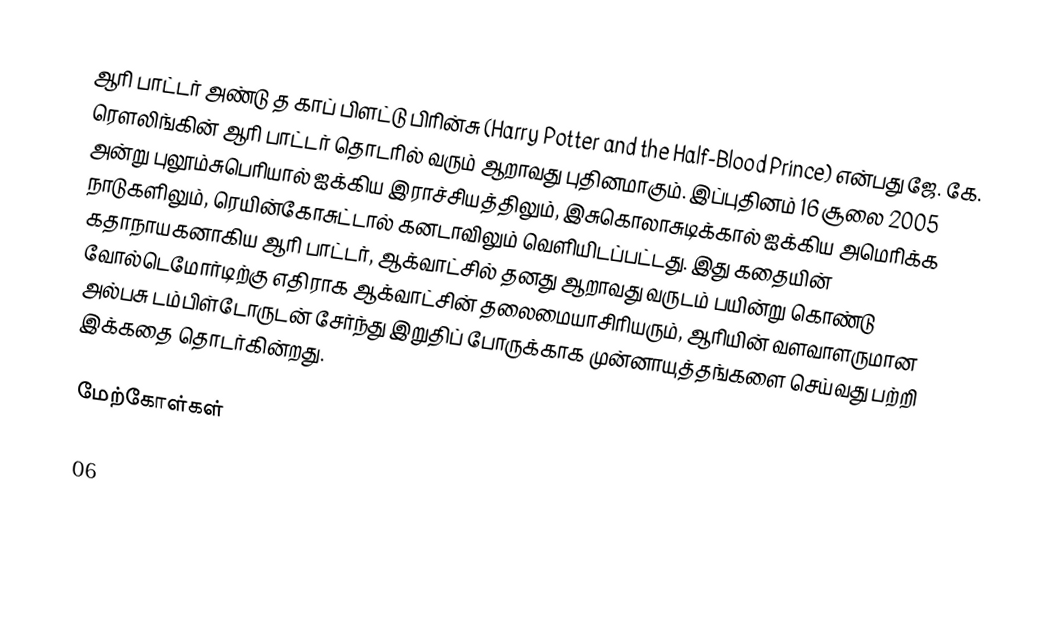
ஆரி பாட்டர் அண்டு த காப் பிளட்டு பிரின்சு (Harry Potter and the Half-Blood Prince) என்பது ஜே. கே. ரௌலிங்கின் ஆரி பாட்டர் தொடரில் வரும் ஆறாவது புதினமாகும். இப்புதினம்  16 சூலை 2005 அன்று புலூம்சுபெரியால் ஐக்கிய இராச்சியத்திலும், இசுகொலாசுடிக்கால் ஐக்கிய அமெரிக்க நாடுகளிலும், ரெயின்கோசுட்டால் கனடாவிலும் வெளியிடப்பட்டது. இது கதையின் கதாநாயகனாகிய ஆரி பாட்டர், ஆக்வாட்சில் தனது ஆறாவது வருடம் பயின்று கொண்டு வோல்டெமோர்டிற்கு எதிராக ஆக்வாட்சின் தலைமையாசிரியரும், ஆரியின் வளவாளருமான அல்பசு டம்பிள்டோருடன் சேர்ந்து இறுதிப் போருக்காக முன்னாயுத்தங்களை செய்வது பற்றி இக்கதை தொடர்கின்றது.

மேற்கோள்கள்

06